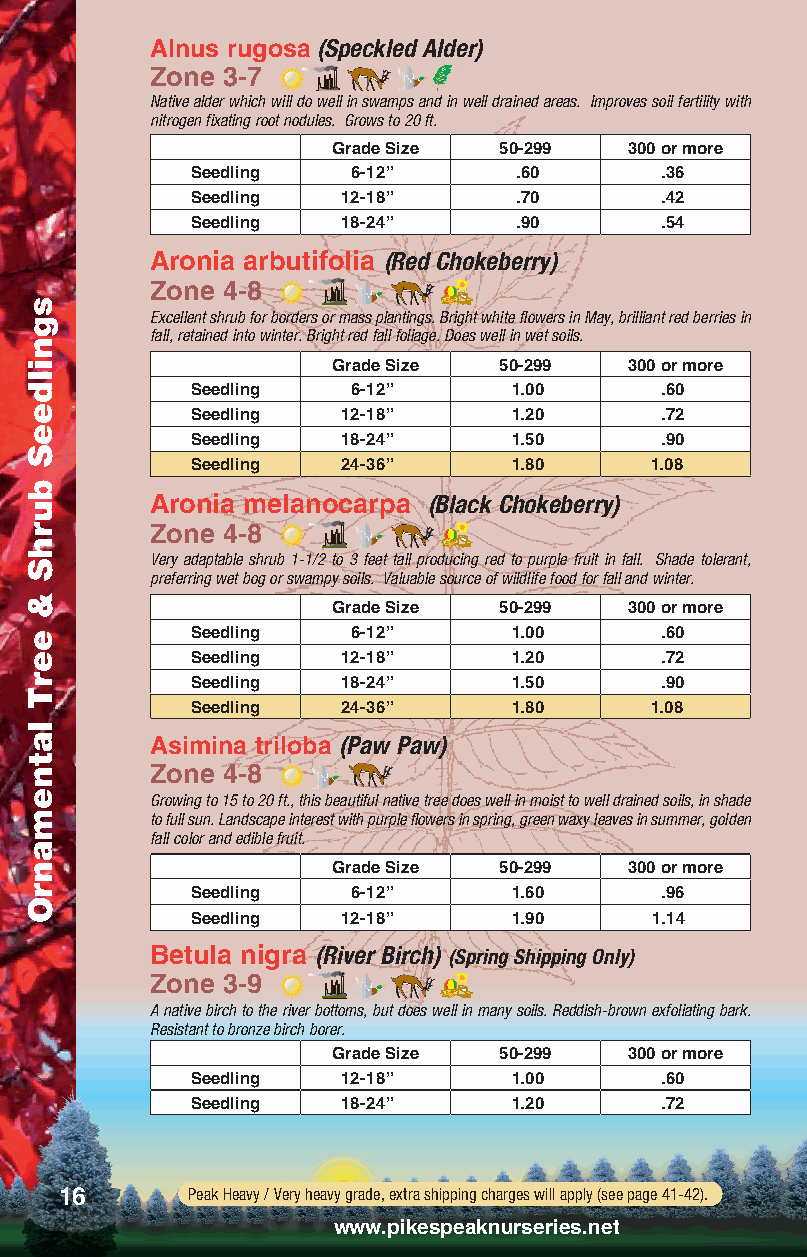
Alnus rugosa (Speckled Alder)
 Zone 3-7
 Native alder which will do well in swamps and in well drained areas. Improves soil fertility with
 nitrogen fixating root nodules. Grows to 20 ft.
 Grade Size 50-299   300 or more
 Seedling  6-12”      .60       .36
 Seedling  12-18”     .70       .42
 Seedling  18-24”     .90       .54
 Aronia arbutifolia (Red Chokeberry)
 Zone 4-8
 Excellent shrub for borders or mass plantings. Bright white flowers in May, brilliant red berries in
 fall, retained into winter. Bright red fall foliage. Does well in wet soils.
 Grade Size 50-299   300 or more
 Seedling  6-12”      1.00      .60
 Seedling  12-18”     1.20      .72
 Seedling  18-24”     1.50      .90
 Seedling  24-36”     1.80     1.08
 Aronia melanocarpa (Black Chokeberry)
 Zone 4-8
 Very adaptable shrub 1-1/2 to 3 feet tall producing red to purple fruit in fall. Shade tolerant,
 preferring wet bog or swampy soils. Valuable source of wildlife food for fall and winter.
 Grade Size 50-299   300 or more
 Seedling  6-12”      1.00      .60
 Seedling  12-18”     1.20      .72
 Seedling  18-24”     1.50      .90
 Seedling  24-36”     1.80     1.08
 Asimina triloba (Paw Paw)
 Zone 4-8
 Growing to 15 to 20 ft., this beautiful native tree does well in moist to well drained soils, in shade
 to full sun. Landscape interest with purple flowers in spring, green waxy leaves in summer, golden
 fall color and edible fruit.
 Grade Size 50-299   300 or more
 Seedling  6-12”      1.60      .96
 Seedling  12-18”     1.90     1.14
 Betula nigra (River Birch) (Spring Shipping Only)
 Zone 3-9
 A native birch to the river bottoms, but does well in many soils. Reddish-brown exfoliating bark.
 Resistant to bronze birch borer.
 Grade Size 50-299   300 or more
 Seedling  12-18”     1.00      .60
 Seedling  18-24”     1.20      .72
 16      Peak Heavy / Very heavy grade, extra shipping charges will apply (see page 41-42).
 www.pikespeaknurseries.net
 sgnildeeS
 burhS
 &
 eerT
 latnemanrO